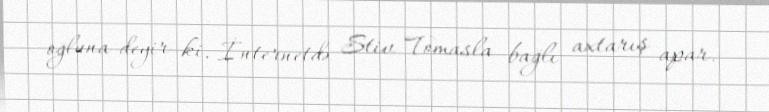
oğluna deyir ki, İnternetdə Stiv Tomasla bağlı axtarış apar.